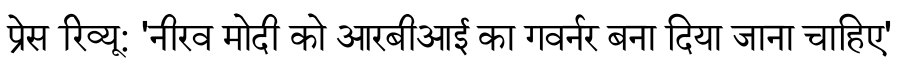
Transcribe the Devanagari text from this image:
प्रेस रिव्यू: 'नीरव मोदी को आरबीआई का गवर्नर बना दिया जाना चाहिए'